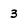
Character: 3